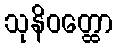
သုနိဝတ္ထော